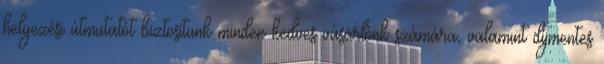
helyezési útmutatót biztosítunk minden kedves vásárlónk számára, valamint díjmentes